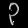
Digit: ၃